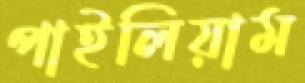
পাইলিয়াম